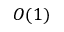
O ( 1 )